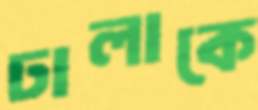
ঢালাকে